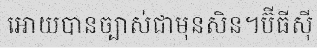
អោយបានច្បាស់ជាមុនសិន។ប៊ីធីស៊ី